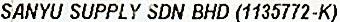
SANYU SUPPLY SDN BHD (1135772-K)